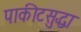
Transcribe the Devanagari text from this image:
पाकीटसुद्धा